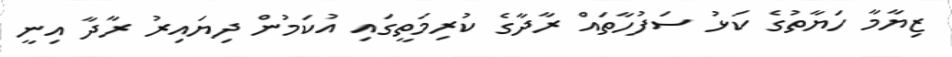
ޒިޔާމާ ހަޔާތުގެ ކަޅު ސަފުހާތައް ރާދާގެ ކުރިމަތީގައި އުކަމުން ދިޔައިރު ރާދާ އިނީ